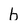
Character: b